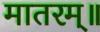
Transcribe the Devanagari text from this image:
मातरम्॥